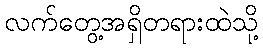
လက်တွေ့အရှိတရားထဲသို့